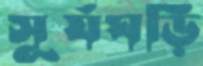
সূর্যঘড়ি